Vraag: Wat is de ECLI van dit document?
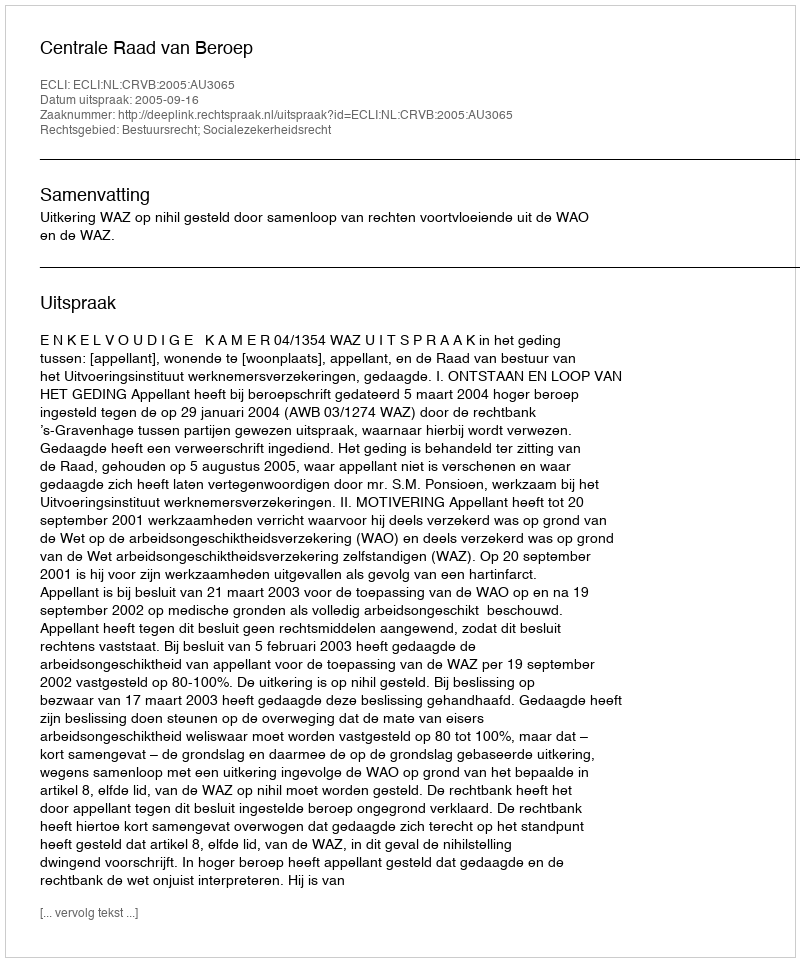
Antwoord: ECLI:NL:CRVB:2005:AU3065